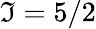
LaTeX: \mathfrak{I}=5/2